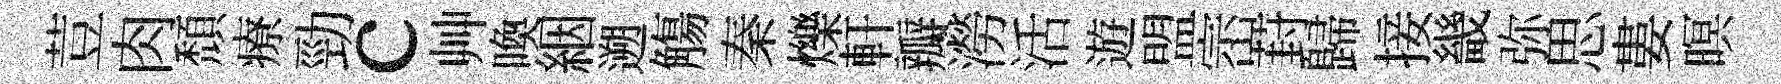
荳肉頹療勁c艸喚絪遡觴秦爍軒瓣澇活遊盟崈葑歸接畿弥思婁暝